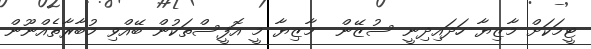
ޓީމަކަށް މާޒިޔާ ހަދައިދިނީ ސުޒޭން  މާޒިޔާ މީ އޮފީސްތަކުން ބޭއްވި މުބާރާތެއްނޫން